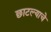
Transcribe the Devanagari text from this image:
छाटल्याचे